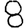
Digit: 8